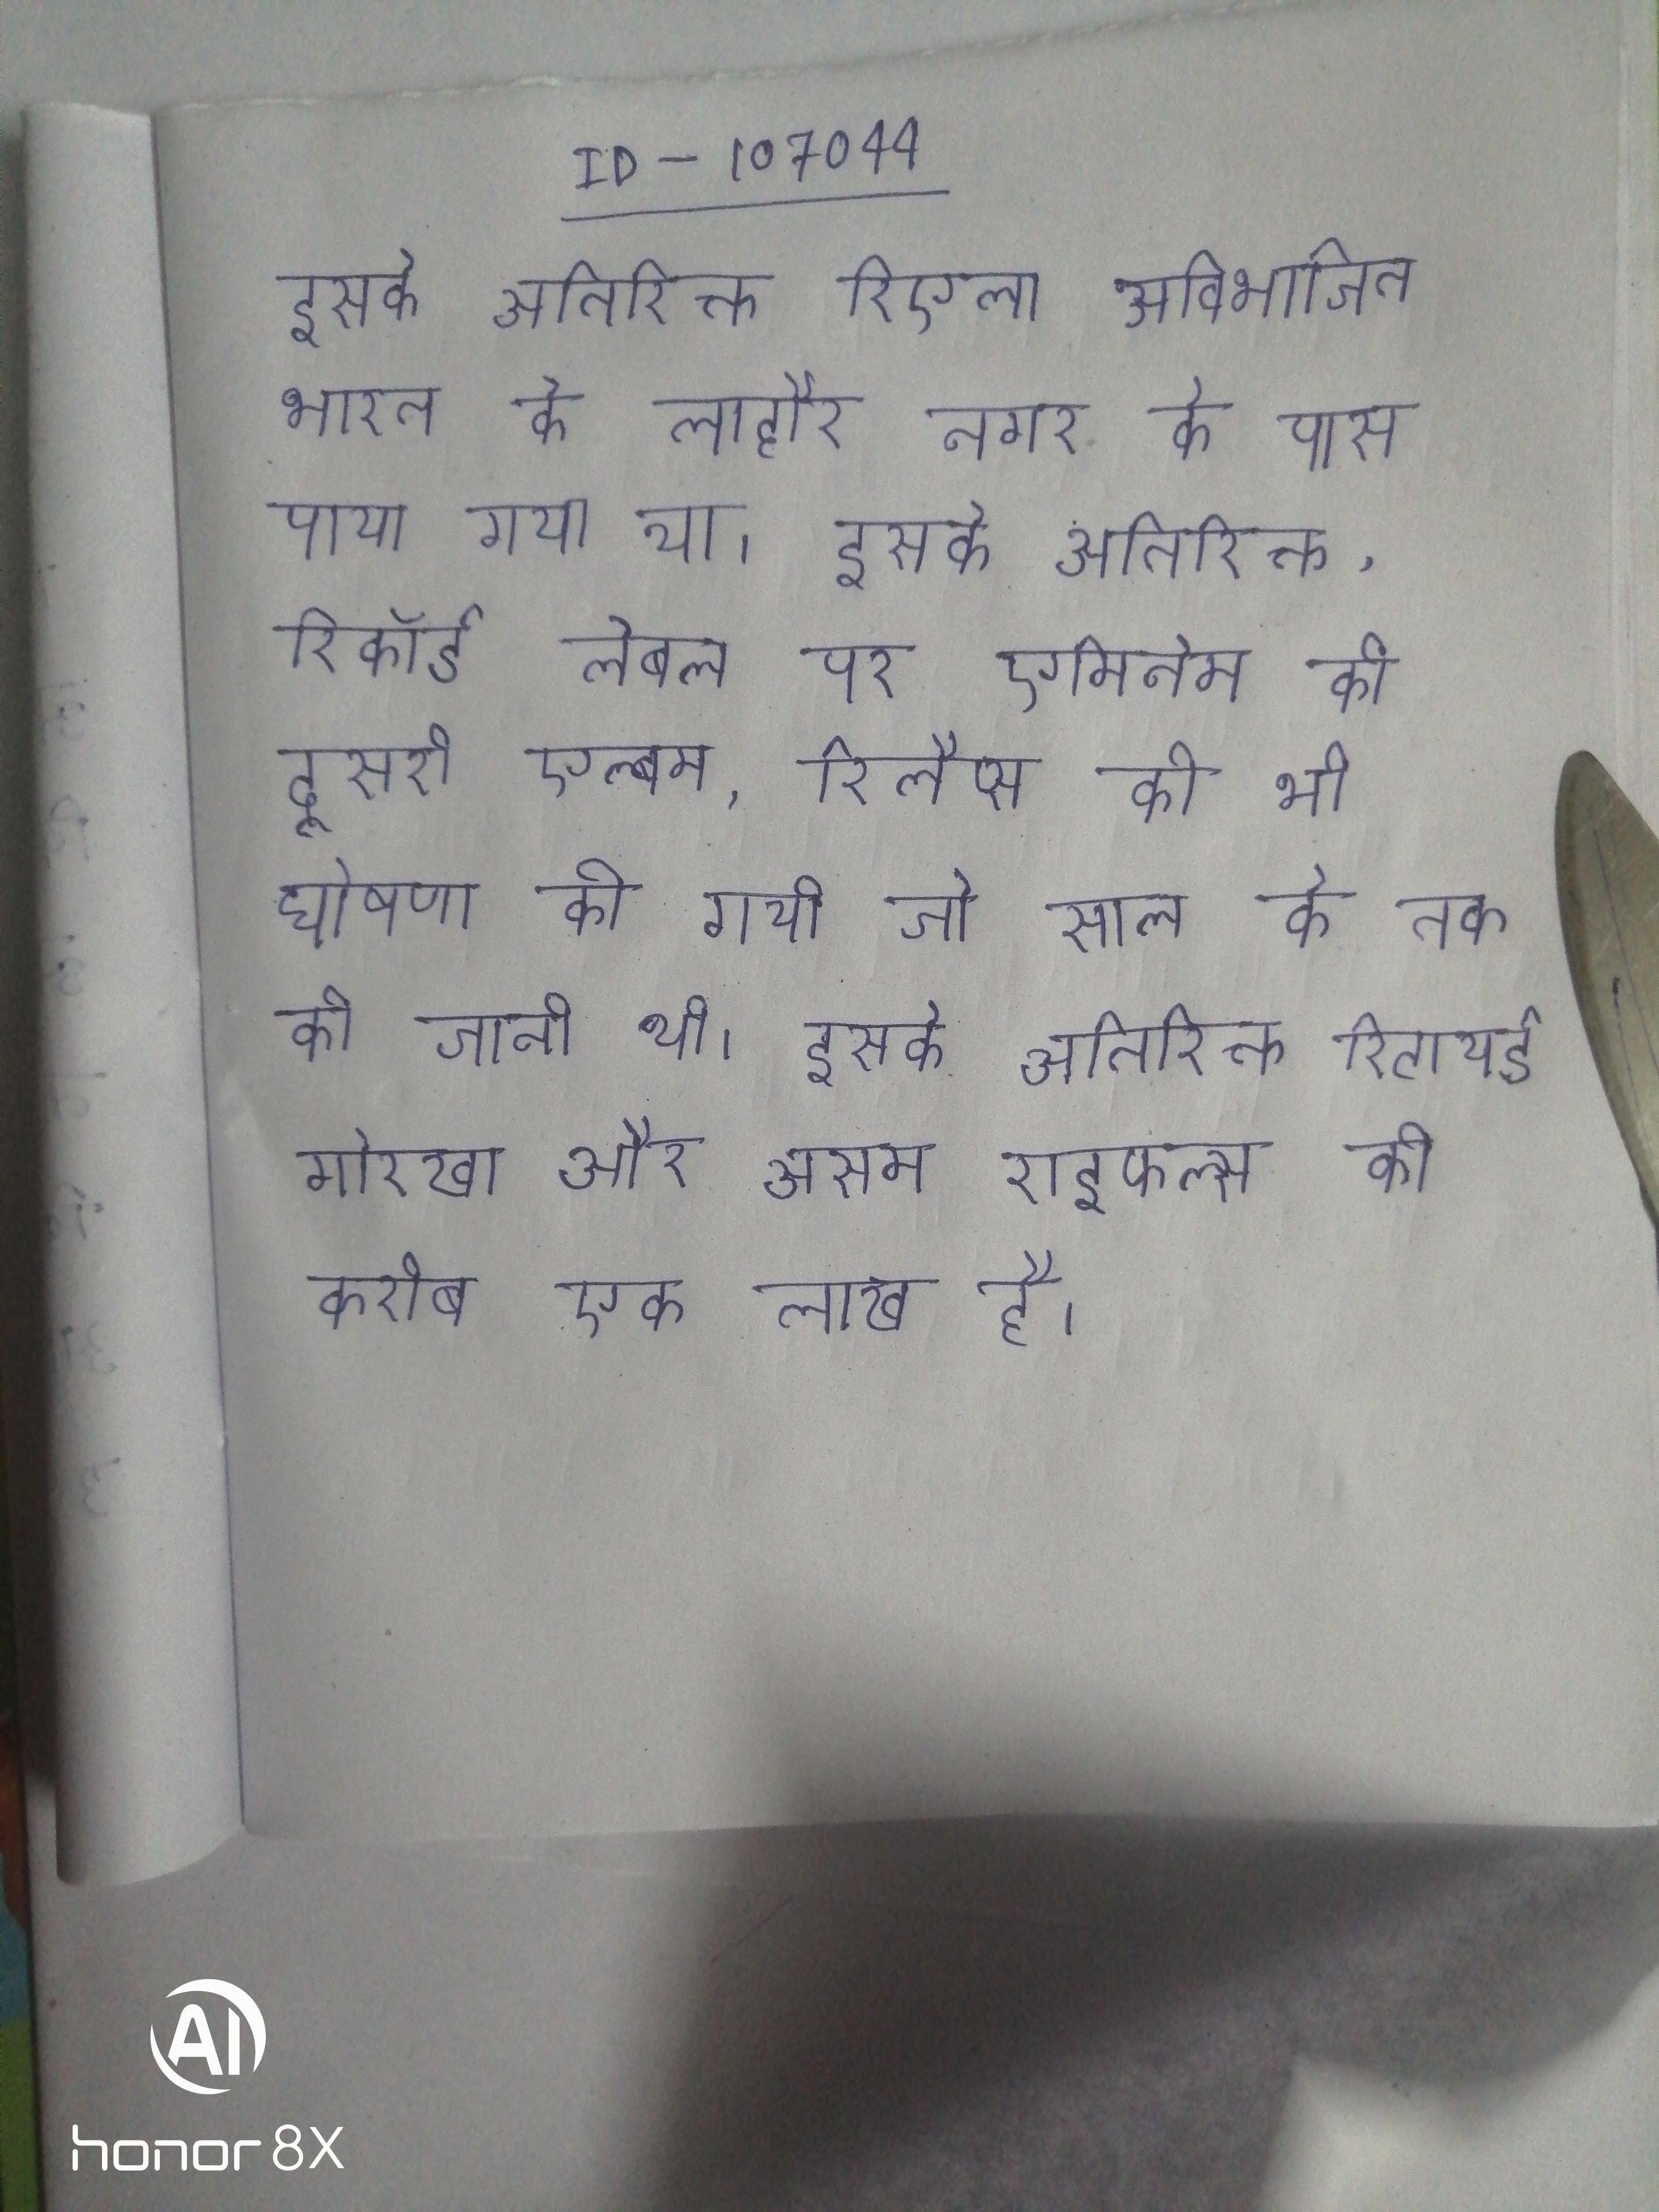
इसके अतिरिक्त रिएला अविभाजित भारत के लाहौर नगर के पास पाया गया था । इसके अतिरिक्त, रिकॉर्ड लेबल पर एमिनेम की दूसरी एल्बम, रिलैप्स की भी घोषणा की गयी जो साल के तक की जानी थी । इसके अतिरिक्त रिटायर्ड गोरखा और असम राइफल्स की करीब एक लाख है ।